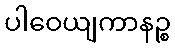
ပါဝေယျကာနဉ္စ